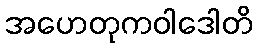
အဟေတုကဝါဒေါတိ